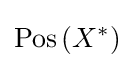
\operatorname {Pos} \left(X^{*}\right)